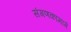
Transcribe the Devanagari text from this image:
संगणकामागे